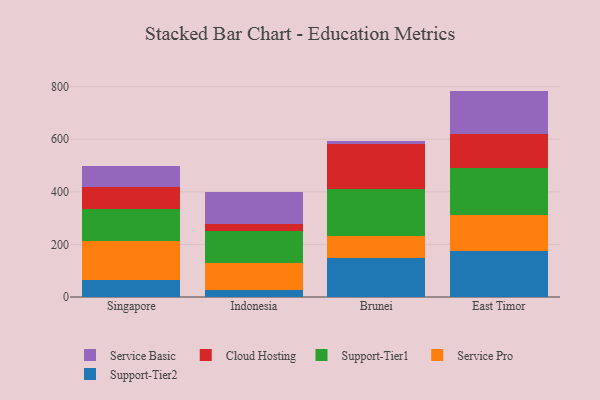
{"axis": {"x": "Country", "y": "Latency (ms)"}, "legend": ["Cloud Hosting", "Service Basic", "Service Pro", "Support-Tier1", "Support-Tier2"], "data": [{"x": "Singapore", "y": 63.1, "type": "Support-Tier2"}, {"x": "Singapore", "y": 148.8, "type": "Service Pro"}, {"x": "Singapore", "y": 121.9, "type": "Support-Tier1"}, {"x": "Singapore", "y": 85.2, "type": "Cloud Hosting"}, {"x": "Singapore", "y": 79.1, "type": "Service Basic"}, {"x": "Indonesia", "y": 25.9, "type": "Support-Tier2"}, {"x": "Indonesia", "y": 105.2, "type": "Service Pro"}, {"x": "Indonesia", "y": 118.6, "type": "Support-Tier1"}, {"x": "Indonesia", "y": 27.2, "type": "Cloud Hosting"}, {"x": "Indonesia", "y": 120.5, "type": "Service Basic"}, {"x": "Brunei", "y": 146.9, "type": "Support-Tier2"}, {"x": "Brunei", "y": 86.5, "type": "Service Pro"}, {"x": "Brunei", "y": 177.3, "type": "Support-Tier1"}, {"x": "Brunei", "y": 172.9, "type": "Cloud Hosting"}, {"x": "Brunei", "y": 10.6, "type": "Service Basic"}, {"x": "East Timor", "y": 175.8, "type": "Support-Tier2"}, {"x": "East Timor", "y": 136.6, "type": "Service Pro"}, {"x": "East Timor", "y": 176.3, "type": "Support-Tier1"}, {"x": "East Timor", "y": 131.5, "type": "Cloud Hosting"}, {"x": "East Timor", "y": 163.7, "type": "Service Basic"}]}